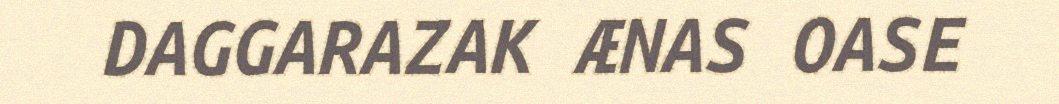
DAGGARAZAK ÆNAS OASE